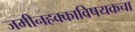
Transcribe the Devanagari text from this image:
जमीनहक्काविषयकचा